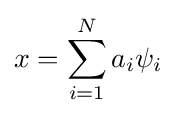
x=\sum _{i=1}^{N}{a_{i}\psi _{i}}